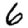
Digit: 6